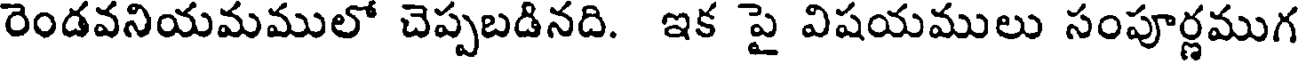
రెండవనియమములో చెప్పబడినది. ఇక పై విషయములు సంపూర్ణముగ